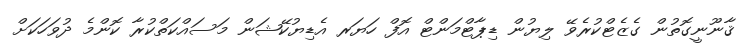
ޤާނޫނީގޮތުން ގެޒެޓްކުރެވޭ ލިޔުން ޑިޕާޓްމަންޓް އޮފް ހަޔަރ އެޑިޔުކޭޝަން މަސައްކަތްކުރާ ކޮންމެ ދުވަހަކަށް